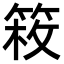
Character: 𥯍